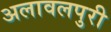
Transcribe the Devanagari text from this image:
अलावलपुरी